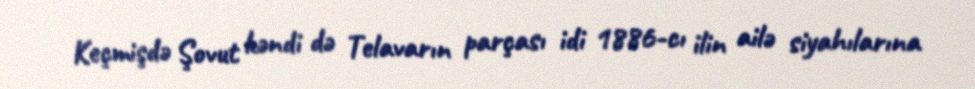
Keçmişdə Şovut kəndi də Telavarın parçası idi 1886-cı ilin ailə siyahılarına